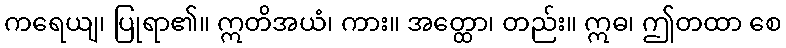
ကရေယျ၊ ပြုရာ၏။ ဣတိအယံ၊ ကား။ အတ္ထော၊ တည်း။ ဣဓ၊ ဤတထာ စေ